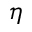
\eta